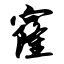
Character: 窿